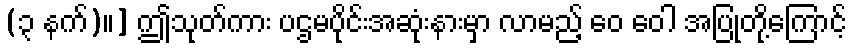
(၃ နက်)။] ဤသုတ်ကား ပဌမပိုင်းအဆုံးနားမှာ လာမည့် ဝေ ဝေါ အပြုတို့ကြောင့်